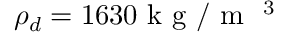
\rho _ { d } = 1 6 3 0 \mathrm { ~ k ~ g ~ } / { { \mathrm { ~ m ~ } } ^ { \mathrm { ~ 3 ~ } } }